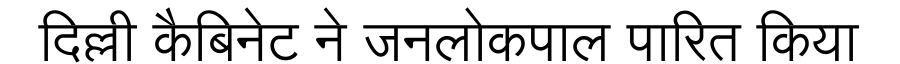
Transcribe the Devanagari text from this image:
दिल्ली कैबिनेट ने जनलोकपाल पारित किया